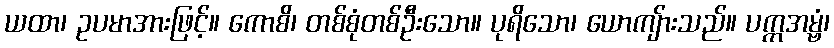
ယထာ၊ ဥပမာအားဖြင့်။ ကောစိ၊ တစ်စုံတစ်ဦးသော။ ပုရိသော၊ ယောကျ်ားသည်။ ပက္ကအမ္ဗံ၊